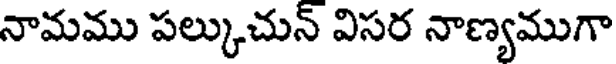
నామము పల్కుచున్ విసర నాణ్యముగా